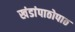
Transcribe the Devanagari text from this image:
खंडांपाठोपाठ